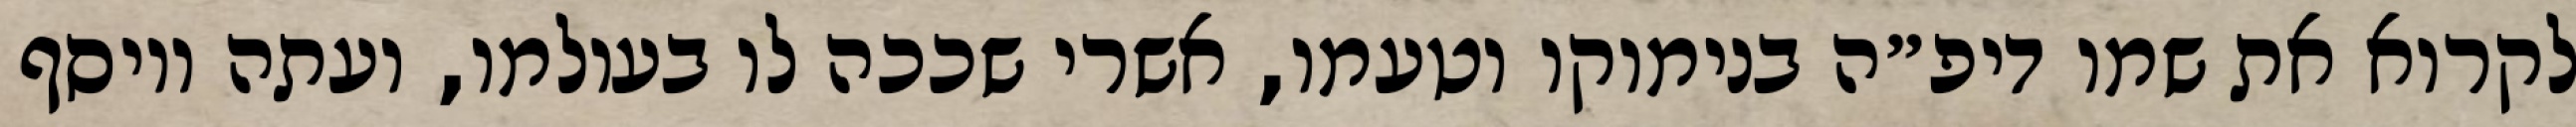
לקרוא את שמו דיפ״ה בנימוקו וטעמו, אשרי שככה לו בעולמו, ועתה ויוסף